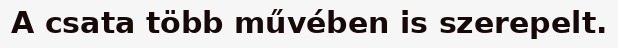
A csata több művében is szerepelt.